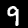
Label: 9